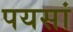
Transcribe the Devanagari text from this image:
पयसां